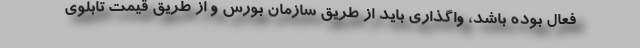
فعال بوده باشد، واگذاری باید از طریق سازمان بورس و از طریق قیمت تابلوی